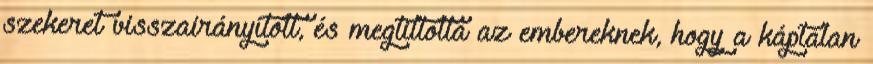
szekeret visszairányított, és megtiltotta az embereknek, hogy a káptalan